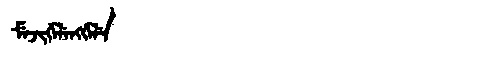
Manchu: ᠮᡝᠵᡳᡤᡝᠯᡝᠩᡤᡝᠯᡝ
Romanization: MEJIGELENGGELE